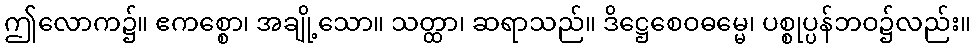
ဤလောက၌။ ဧကစ္စော၊ အချို့သော။ သတ္ထာ၊ ဆရာသည်။ ဒိဋ္ဌေစေဝဓမ္မေ၊ ပစ္စုပ္ပန်ဘဝ၌လည်း။